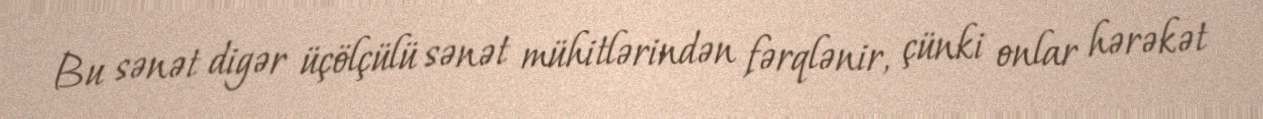
Bu sənət digər üçölçülü sənət mühitlərindən fərqlənir, çünki onlar hərəkət